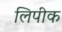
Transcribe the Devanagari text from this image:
लिपीक